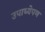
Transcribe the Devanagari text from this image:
उपाध्येपण